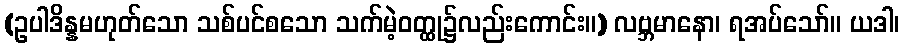
(ဥပါဒိန္နမဟုတ်သော သစ်ပင်စသော သက်မဲ့ဝတ္ထု၌လည်းကောင်း။) လဗ္ဘမာနော၊ ရအပ်သော်။ ယဒါ၊